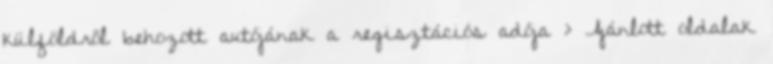
külföldről behozott autójának a regisztációs adója › Ajánlott oldalak